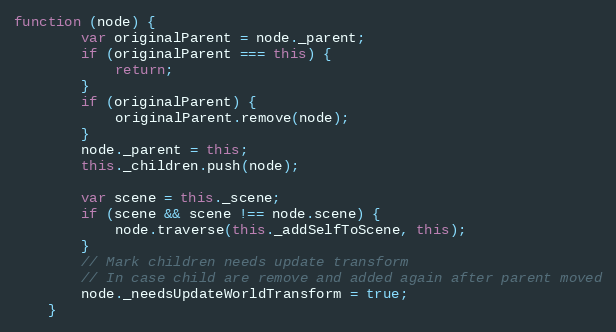
Language: JavaScript
function (node) {
        var originalParent = node._parent;
        if (originalParent === this) {
            return;
        }
        if (originalParent) {
            originalParent.remove(node);
        }
        node._parent = this;
        this._children.push(node);

        var scene = this._scene;
        if (scene && scene !== node.scene) {
            node.traverse(this._addSelfToScene, this);
        }
        // Mark children needs update transform
        // In case child are remove and added again after parent moved
        node._needsUpdateWorldTransform = true;
    }